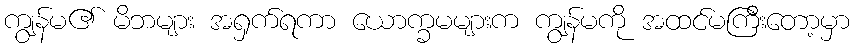
ကျွန်မ၏ မိဘများ အရှက်ရကာ ယောက္ခမများက ကျွန်မကို အထင်မကြီးတော့မှာ